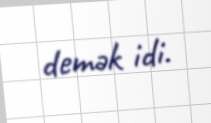
demək idi.